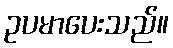
ဥပမာပေးသည်။